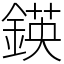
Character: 鍈